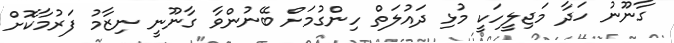
ގާނޫނު ހަދާ މަޖިލީހަކީ މުޅި ދައުލަތް ހިންގުމަށް ބޭނުންވާ ގާނޫނީ ނިޒާމު ފަރުމާކޮށް